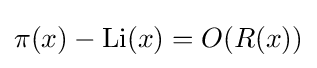
\pi (x)-\operatorname {Li} (x)=O(R(x))